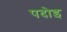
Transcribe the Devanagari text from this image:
पदोइ